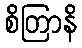
စိတြာနိ